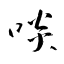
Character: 啖